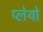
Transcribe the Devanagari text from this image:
प्लेथो